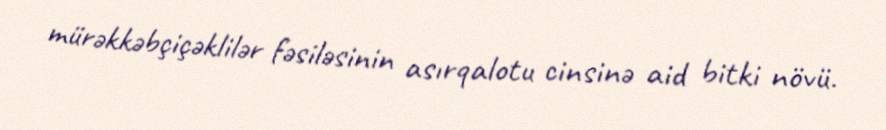
mürəkkəbçiçəklilər fəsiləsinin asırqalotu cinsinə aid bitki növü.